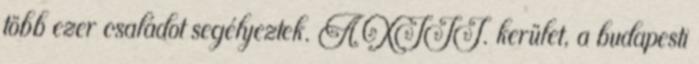
több ezer családot segélyeztek. A XIII. kerület, a budapesti